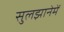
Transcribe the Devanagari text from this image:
सुलझानेमें